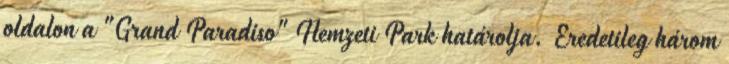
oldalon a "Grand Paradiso" Nemzeti Park határolja. Eredetileg három